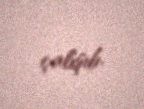
çalışıb.